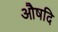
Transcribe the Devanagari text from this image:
औषदि